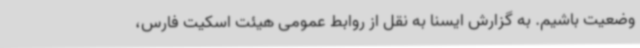
وضعیت باشیم. به گزارش ایسنا به نقل از روابط عمومی هیئت اسکیت فارس،